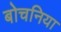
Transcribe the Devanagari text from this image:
बोचनिया